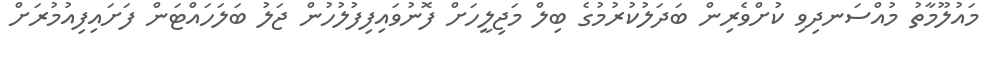
މައުލޫމާތު މުއްސަނދިވި ކުށްވެރިން ބަދަލުކުރުމުގެ ބިލް މަޖިލީހަށް ފޮނުވައިފިފުލުހުން ޖަލު ބަލަހައްޓަން ފަށައިފިއުމުރަށް